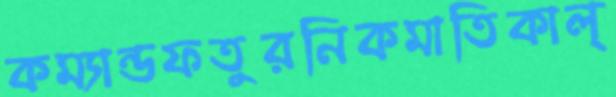
কম্যান্ডফতুরনিকমাতিকাল্